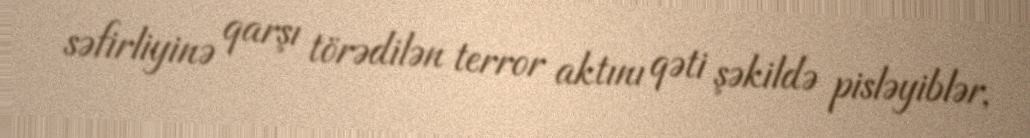
səfirliyinə qarşı törədilən terror aktını qəti şəkildə pisləyiblər,